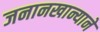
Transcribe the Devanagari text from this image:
जनानखान्याने